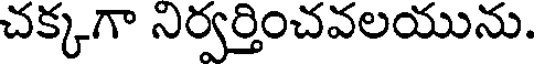
చక్కగా నిర్వర్తించవలయును.